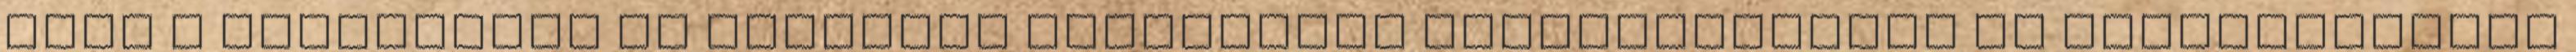
hogy a szervezeti és működési szabályzat elkészítéséhez és elfogadásához